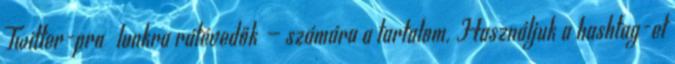
Twitter-proﬁlunkra rátévedők — számára a tartalom. Használjuk a hashtag-et